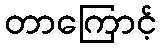
တာကြောင့်